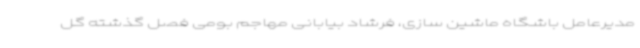
مدیرعامل باشگاه ماشین سازی، فرشاد بیابانی مهاجم بومی فصل گذشته گل